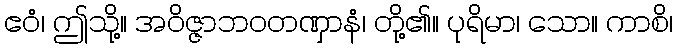
ဧဝံ၊ ဤသို့။ အဝိဇ္ဇာဘဝတဏှာနံ၊ တို့၏။ ပုရိမာ၊ သော။ ကာစိ၊